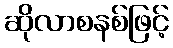
ဆိုလာစနစ်ဖြင့်